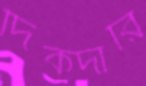
দিকদারি